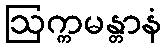
ဩက္ကမန္တာနံ